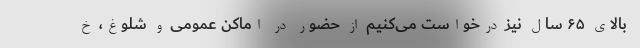
بالای ۶۵ سال نیز درخواست می‌کنیم از حضور در اماکن عمومی و شلوغ، خ